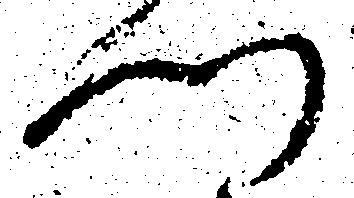
門